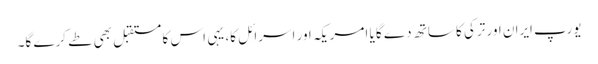
یورپ ایران اور ترکی کا ساتھ دے گا یا امریکہ اور اسرائل کا، یہی اس کا مستقبل بھی طے کرے گا۔